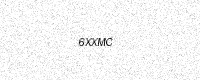
Text: 6XXMC